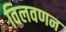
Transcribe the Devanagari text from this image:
विलवणन